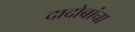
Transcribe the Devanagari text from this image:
दादोबांचा